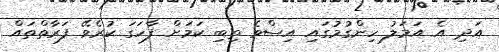
އަދި އެ އަމަލު ހިންގުމުގައި އިސްވެ ތިބި ކަމަށް ފާހަގަ ކުރެވޭ ފަރާތްތައް